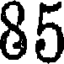
85